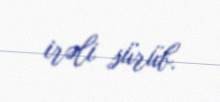
irəli sürüb.